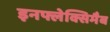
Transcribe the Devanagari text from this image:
इनफ्लेक्सिमैब